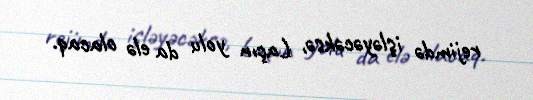
rejimdə işləyəcəksə, Laçın yolu da elə olacaq.